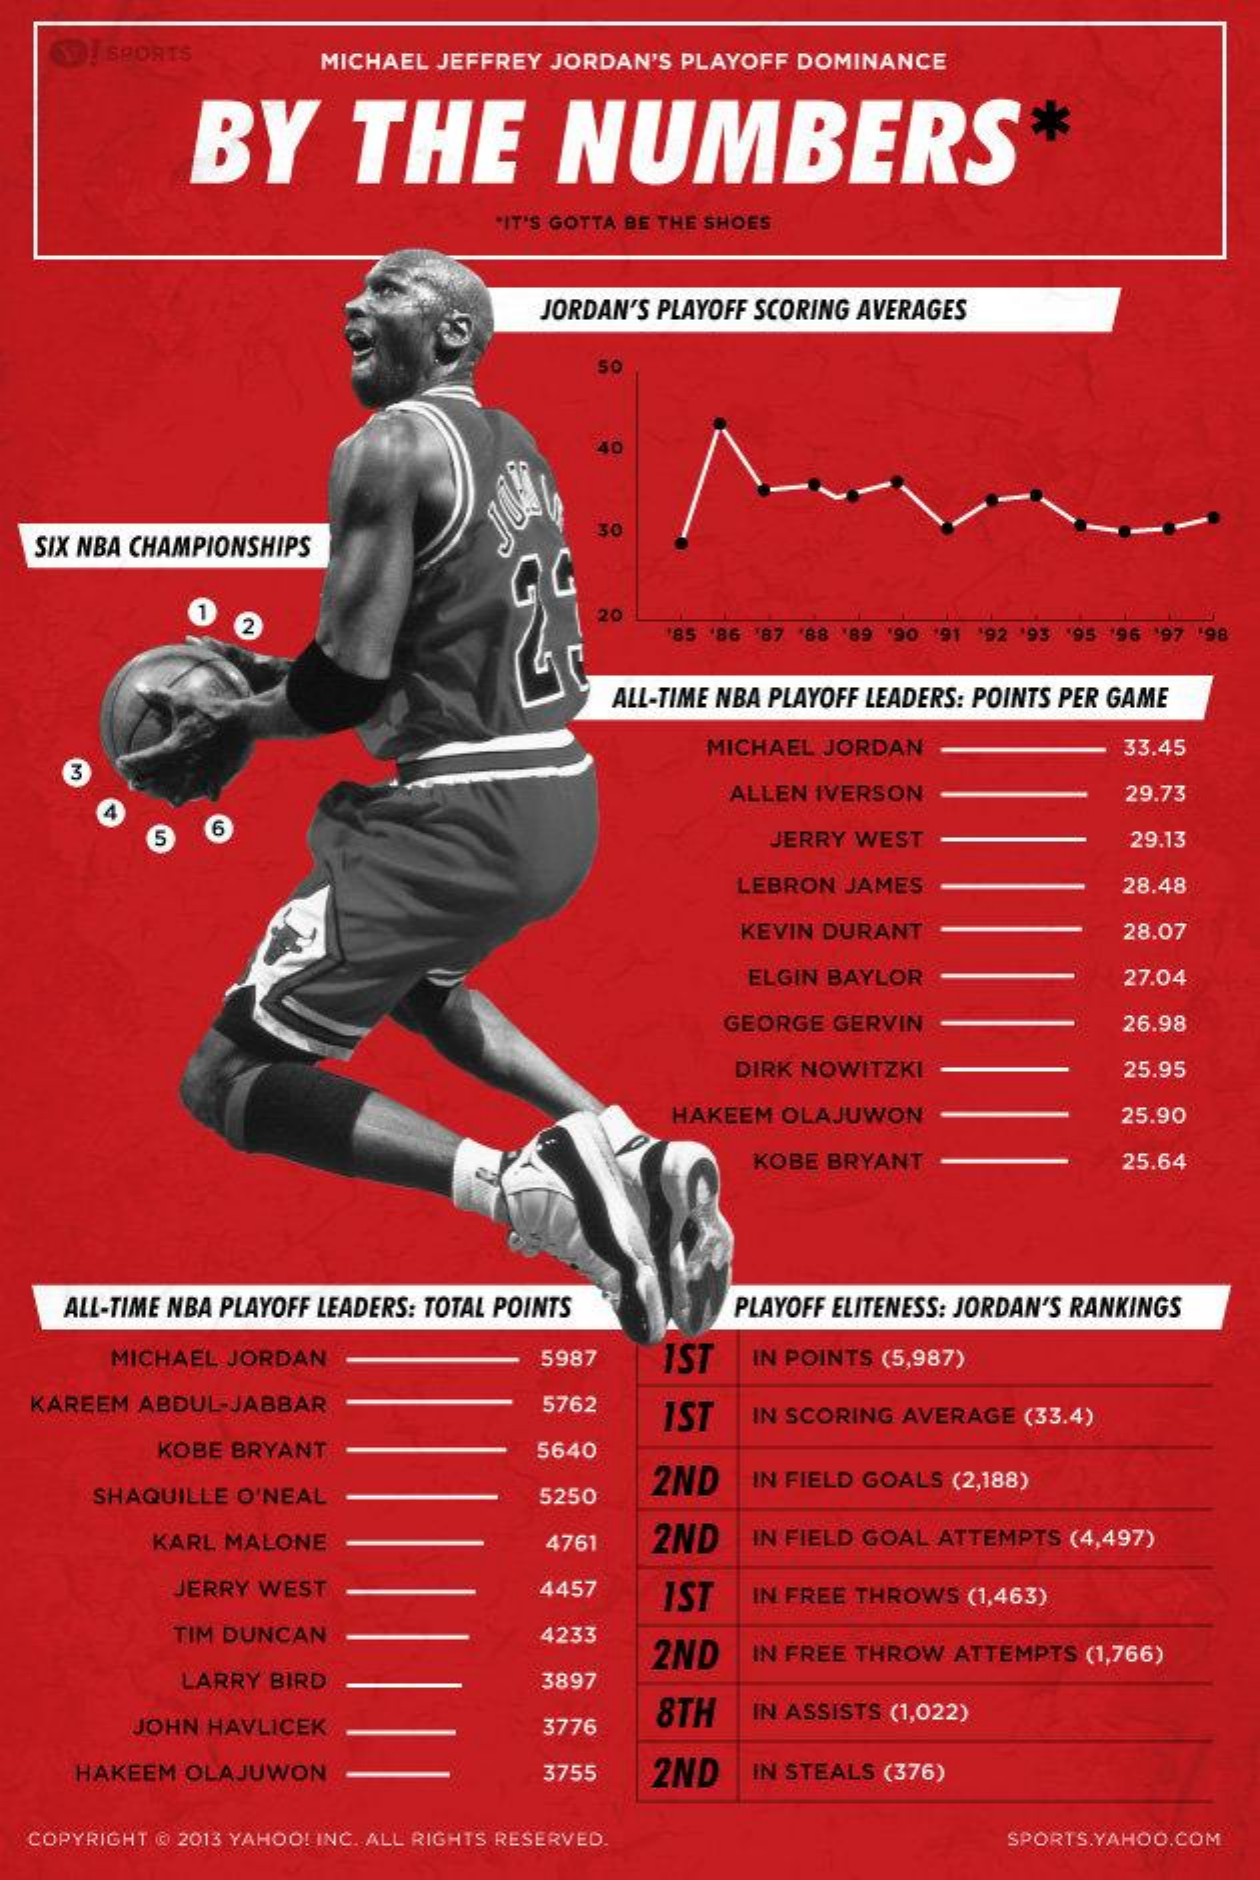
SPORTS    MICHAEL JEFFREY JORDAN'S PLAYOFF DOMINANCE
     BY    THE    NUMBERS    *
     "IT'S GOTTA BE THE SHOES
     JORDAN'S PLAYOFF SCORING AVERAGES
     50
     40
   SIX NBA CHAMPIONSHIPS
     30
     2
     20
     85 '86 '87 '88 189 190 191 '92 '93 '95 196 '97 '98
     ALL-TIME NBA PLAYOFF LEADERS: POINTS PER GAME
     MICHAEL JORDAN    33.45
     ALLEN IVERSON    29.73
     JERRY WEST    29.13
     LEBRON JAMES    28.48
     KEVIN DURANT    28.07
     ELGIN BAYLOR    27.04
     GEORGE GERVIN    26.98
     DIRK NOWITZKI    25.95
     HAKEEM OLAJUWON    25.90
     KOBE BRYANT    25.64
     ALL-TIME NBA PLAYOFF LEADERS: TOTAL POINTS PLAYOFF ELITENESS: JORDAN'S RANKINGS
     MICHAEL JORDAN    5987    IST  IN POINTS (5,987)
  KAREEM ABDUL-JABBAR    5762    IST  IN SCORING AVERAGE (33.4)
     KOBE BRYANT    5640
     2ND
     SHAQUILLE O'NEAL    5250
     IN FIELD GOALS (2,188)
     KARL MALONE    4761   2ND   IN FIELD GOAL ATTEMPTS (4,497)
     JERRY WEST    4457    IST  IN FREE THROWS (1,463)
     TIM DUNCAN    4233
     2ND
     LARRY BIRD
     IN FREE THROW ATTEMPTS (1,766)
     3897
     JOHN HAVLICEK    3776
     8TH    IN ASSISTS (1,022)
     HAKEEM OLAJUWON    3755   2ND   IN STEALS (376)
  COPYRIGHT @ 2013 YAHOO! INC. ALL RIGHTS RESERVED.    SPORTS.YAHOO.COM